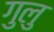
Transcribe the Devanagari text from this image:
गुलु